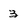
Character: 3